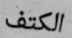
الكتف